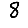
Digit: 8